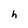
Character: h